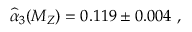
\widehat { \alpha } _ { 3 } ( M _ { Z } ) = 0 . 1 1 9 \pm 0 . 0 0 4 \ ,